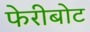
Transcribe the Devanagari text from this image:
फेरीबोट